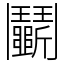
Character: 鬭